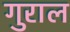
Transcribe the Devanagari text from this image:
गुराल